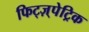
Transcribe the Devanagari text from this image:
फिट्ज़्पेट्रिक